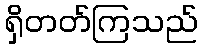
ရှိတတ်ကြသည်